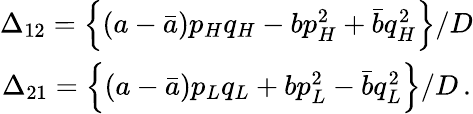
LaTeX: \begin{array}{c}{{\Delta_{12}=\left\{ (a-\bar{a})p_{H}q_{H}-bp_{H}^{2}+\bar{b}q_{H}^{2}\right\} /D}}\\ {{\Delta_{21}=\left\{ (a-\bar{a})p_{L}q_{L}+bp_{L}^{2}-\bar{b}q_{L}^{2}\right\} /D\, .}}\end{array}